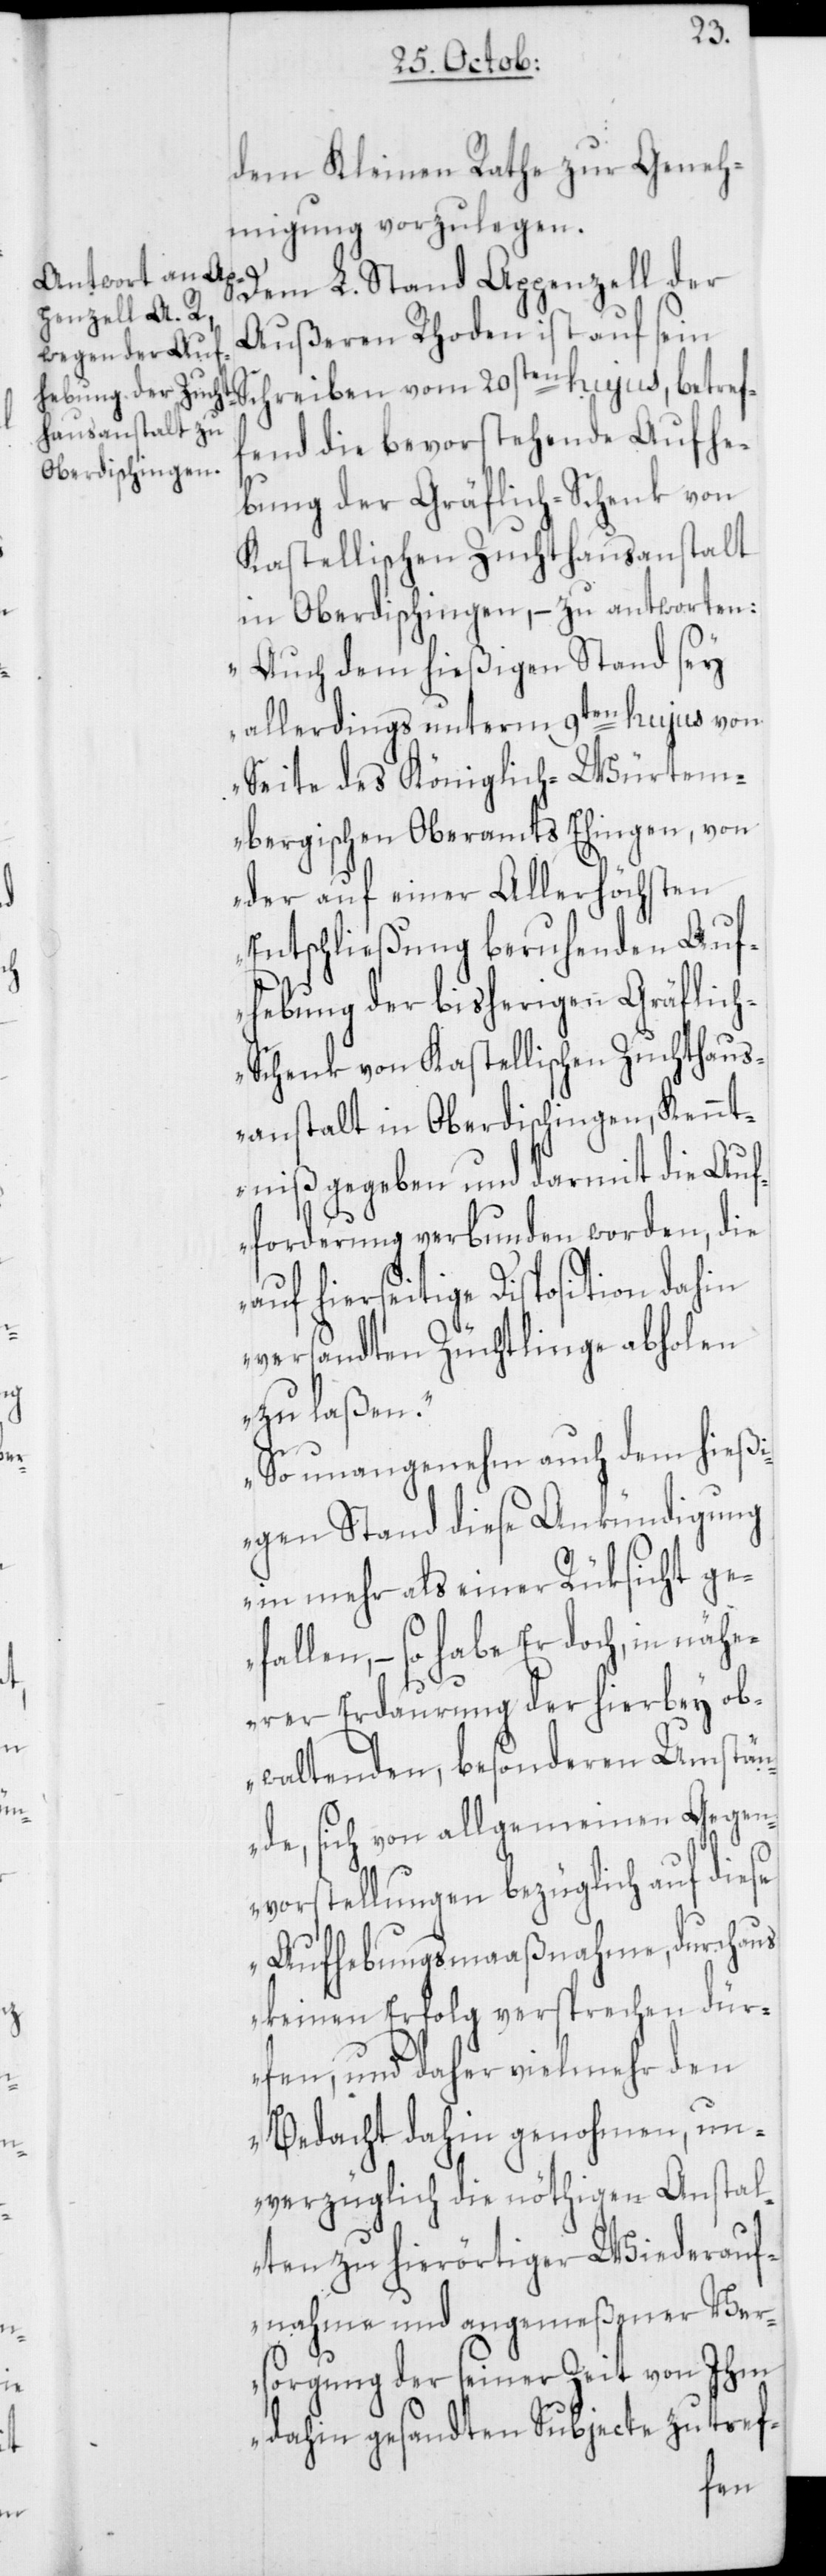
dem Kleinen Rathe zur Geneh¬
migung vorzulegen.
Dem L. Stand Appenzell der
Außeren Rhoden ist auf sein
Schreiben vom 20sten hujus, betref¬
fend die bevorstehende Aufhe¬
bung der Gräflich-Schenk von
Kastellischen Zuchthausanstalt
in Oberdischingen, – zu antworten:
„Auch dem hießigen Stand sey
allerdings unterm 9ten hujus von
Seite des Königlich-Würtem¬
bergischen Oberamts Ehingen, von
der auf einer Allerhöchsten
Entschließung beruhenden Auf¬
hebung der bisherigen Gräflic¬
h-Schenk von Kastellischen Zuchthaus¬
anstalt in Oberdischingen, Kennt¬
niß gegeben und darmit die Auf¬
forderung verbunden worden, die
auf hierseitige Disposition dahin
versandten Züchtlinge abholen
zu laßen.
So unangenehm auch dem hieß¬
igen Stand diese Ankündigung
in mehr als einer Rüksicht gef¬
allen, – so habe Er doch, in näh¬
erer Erdaurung der hierbey ob¬
waltenden, besonderen Umstän¬
de, sich von allgemeinen Gegen¬
vorstellungen bezüglich auf diese
Aufhebungsmaaßnahme, durchaus
keinen Erfolg versprechen dür¬
fen, und daher vielmehr den
Bedacht dahin genohmen, un¬
verzüglich die nöthigen Anstal¬
ten zu hierörtiger Wiederauf¬
nahme und angemeßener Ver¬
sorgung der seiner Zeit von Ihm
dahin gesandten Subjecte zu tref-